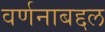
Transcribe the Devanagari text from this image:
वर्णनाबद्दल